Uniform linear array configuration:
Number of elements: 64
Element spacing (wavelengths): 0.25
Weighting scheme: hamming
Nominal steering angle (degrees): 0
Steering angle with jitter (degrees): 1.342
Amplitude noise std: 0.05
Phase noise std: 0.05

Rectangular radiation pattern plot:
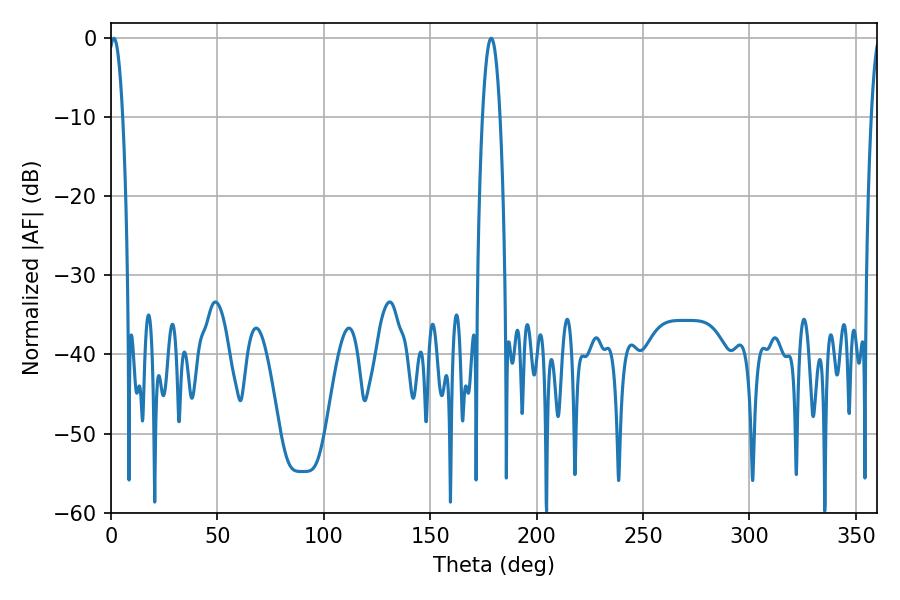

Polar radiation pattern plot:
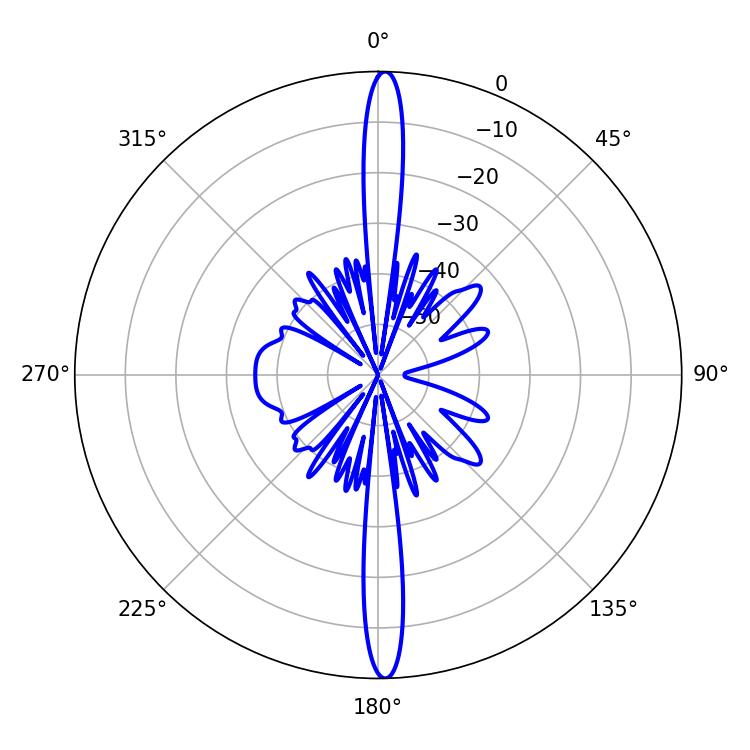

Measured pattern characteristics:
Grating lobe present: FALSE
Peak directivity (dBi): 27.005
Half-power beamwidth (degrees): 3.6
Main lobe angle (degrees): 1.26